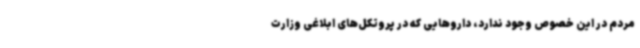
مردم در این خصوص وجود ندارد، داروهایی که در پروتکل‌های ابلاغی وزارت